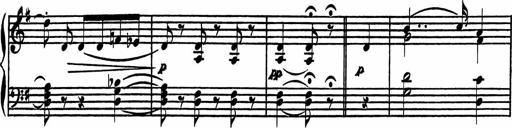
Title: 4 Piano Sonatinas
Composer: Adam Geibel